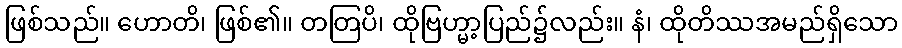
ဖြစ်သည်။ ဟောတိ၊ ဖြစ်၏။ တတြပိ၊ ထိုဗြဟ္မာ့ပြည်၌လည်း။ နံ၊ ထိုတိဿအမည်ရှိသော